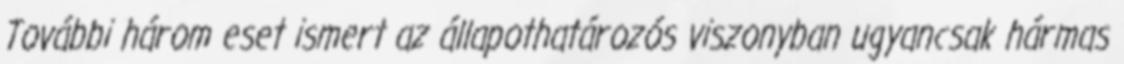
További három eset ismert az állapothatározós viszonyban ugyancsak hármas